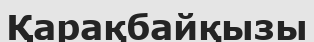
Қарақбайқызы